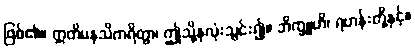
ဖြစ်၏။ ဣတိမနသိကရိတွာ၊ ဤသို့နှလုံးသွင်း၍။ ဘိက္ခူဟိ၊ ရဟန်းတို့နှင့်။